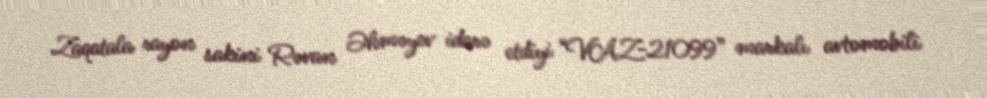
Zaqatala rayon sakini Rəvan Əhməyev idarə etdiyi “VAZ-21099” markalı avtomobili